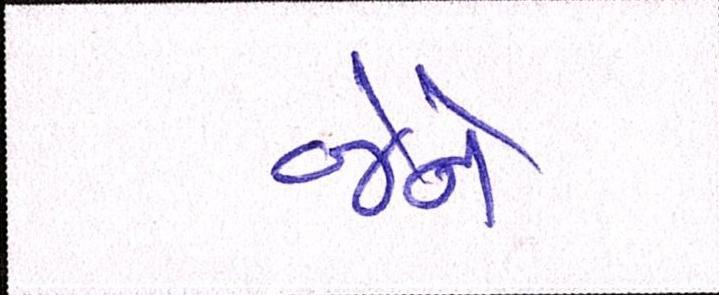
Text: જેને